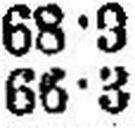
66•3